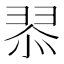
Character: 𮊿